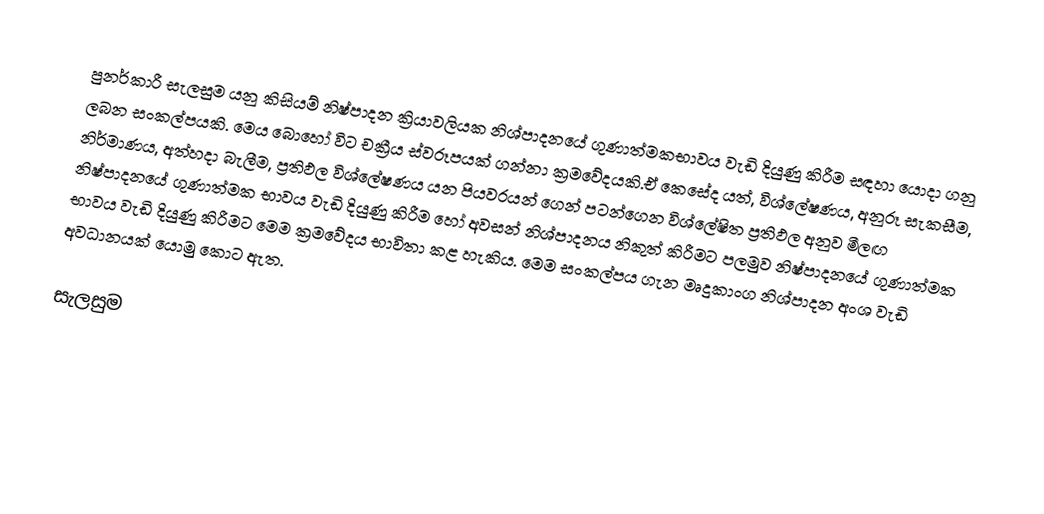
පුනර්කාරී සැලසුම යනු කිසියම් නිෂ්පාදන ක්‍රියාවලියක නිශ්පාදනයේ ගුණාත්මකභාවය වැඩි දියුණු කිරීම සඳහා යොදා ගනු ලබන සංකල්පයකි. මෙය බොහෝ විට චක්‍රීය ස්වරූපයක් ගන්නා ක්‍රමවේදයකි.ඒ කෙසේද යත්, විශ්ලේෂණය, අනුරූ සැකසීම, නිර්මාණය, අත්හදා බැලීම, ප්‍රතිඵල විශ්ලේෂණය යන පියවරයන් ගෙන් පටන්ගෙන විශ්ලේෂිත ප්‍රතිඵල අනුව මීලඟ නිෂ්පාදනයේ ගුණාත්මක භාවය වැඩි දියුණු කිරීම හෝ අවසන් නිශ්පාදනය නිකුත් කිරීමට පලමුව නිෂ්පාදනයේ  ගුණාත්මක භාවය වැඩි දියුණු කිරීමට මෙම ක්‍රමවේදය භාවිතා කළ හැකිය. මෙම සංකල්පය ගැන මෘදුකාංග නිශ්පාදන අංශ වැඩි අවධානයක් යොමු කොට ඇත.

සැලසුම